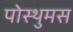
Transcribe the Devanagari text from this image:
पोस्थुमस